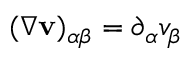
( \nabla \mathbf { v } ) _ { \alpha \beta } = \partial _ { \alpha } v _ { \beta }